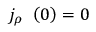
j _ { \rho } ^ { \mathrm { ~ \, ~ } } \left( 0 \right) = 0